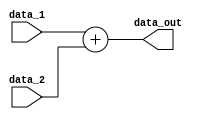

module ALU_add(data_out, data_1, data_2);
    input [31:0] data_1, data_2;
    output [31:0] data_out;
    reg [31:0] data_out;

    always @(data_1 or data_2) begin
        data_out=data_1+data_2;
        //$display("Addr_add: %h, %h: %h", data_1, data_2, data_out);
    end
    
endmodule